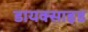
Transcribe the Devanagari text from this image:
डायक्साइड